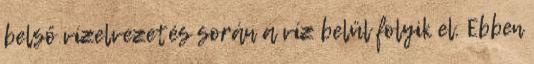
belső vízelvezetés során a víz belül folyik el. Ebben